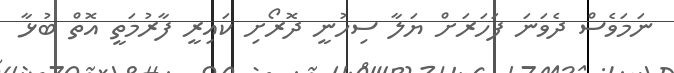
ނަމަވެސް ދެވަނަ ފަހަރަށް ޔަލާ ސިހުނީ ދޮރޯށި ކައިރީ ފާރުމަތީ އޮތް ބުޅާ